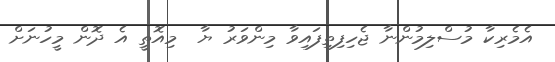
އެމެރިކާ މުސްލިމުންނާ ޖެހިފިތިފައިވާ މިންވަރު ޔާ  މިއޮތީ އެ ދޮން މީހުނަށް